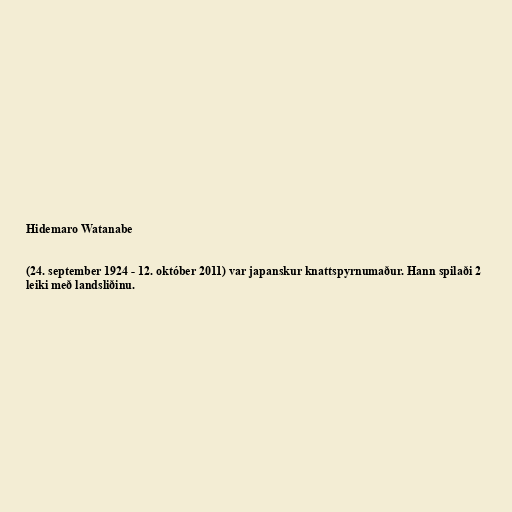
Hidemaro Watanabe

(24. september 1924 - 12. október 2011) var japanskur knattspyrnumaður. Hann spilaði 2
leiki með landsliðinu.